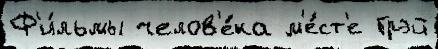
Ф'и́льмы челов'е́ка м'е́ст'е Грэй